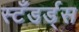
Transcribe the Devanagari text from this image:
स्टँडर्ड्स